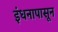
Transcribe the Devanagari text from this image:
इंधनापासून